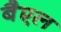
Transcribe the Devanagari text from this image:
बैएल